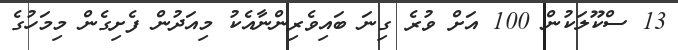
13 ސްކޫލަކުން 100 އަށް ވުރެ ގިނަ ބައިވެރިންނާއެކު މިއަދުން ފެށިގެން މިމަހުގެ